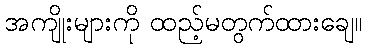
အကျိုးများကို ထည့်မတွက်ထားချေ။